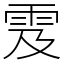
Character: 雭